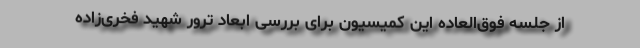
از جلسه فوق‌العاده این کمیسیون برای بررسی ابعاد ترور شهید فخری‌زاده